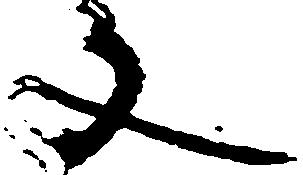
文